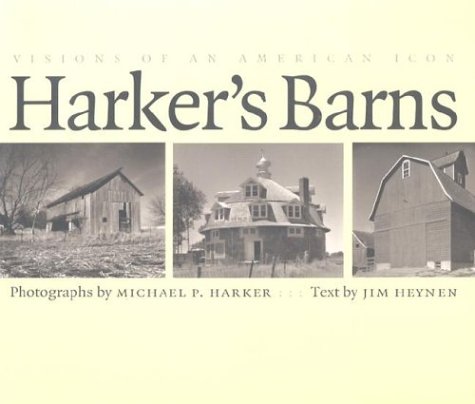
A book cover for Harker's Barns: Visions of an American Icon (Bur Oak Book); Michael P. Harker; Travel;